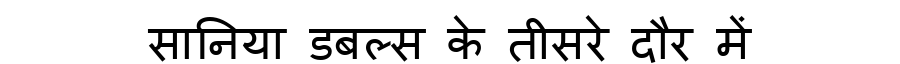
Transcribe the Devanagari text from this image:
सानिया डबल्स के तीसरे दौर में